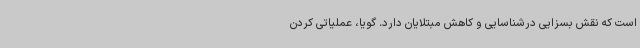
است که نقش بسزایی درشناسایی و کاهش مبتلایان دارد. گویا، عملیاتی کردن